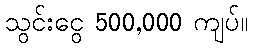
သွင်းငွေ 500,000 ကျပ်။